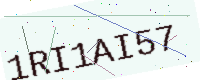
Text: 1RI1AI57